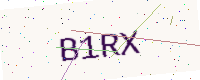
Text: B1RX